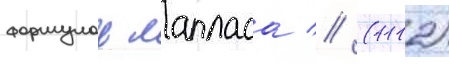
формулои лапласа // (1112)